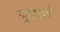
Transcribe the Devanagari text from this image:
जुनागडशी